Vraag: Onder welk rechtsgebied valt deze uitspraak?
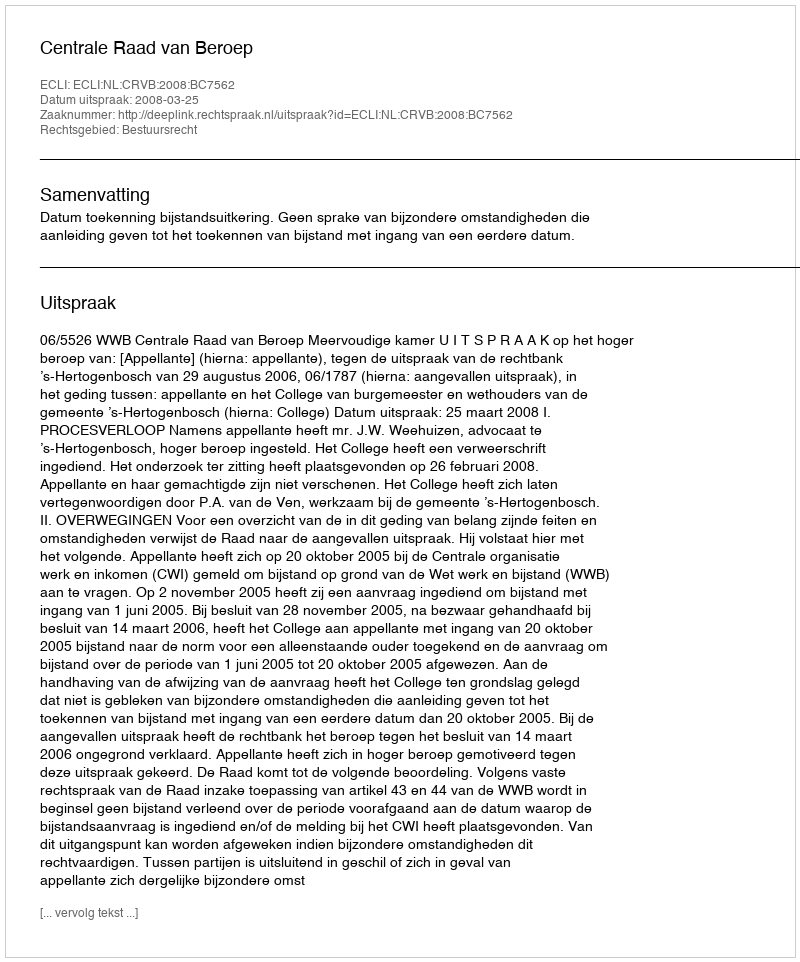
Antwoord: Bestuursrecht